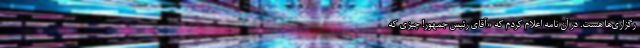
رگزاری‌ها هست. در آن نامه اعلام کردم که «آقای رئیس جمهور! چیزی که